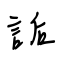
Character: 詬